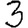
Digit: 3